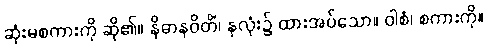
ဆုံးမစကားကို ဆို၏။ နိဓာနဝိတိံ၊ နှလုံး၌ ထားအပ်သော။ ဝါစံ၊ စကားကို။